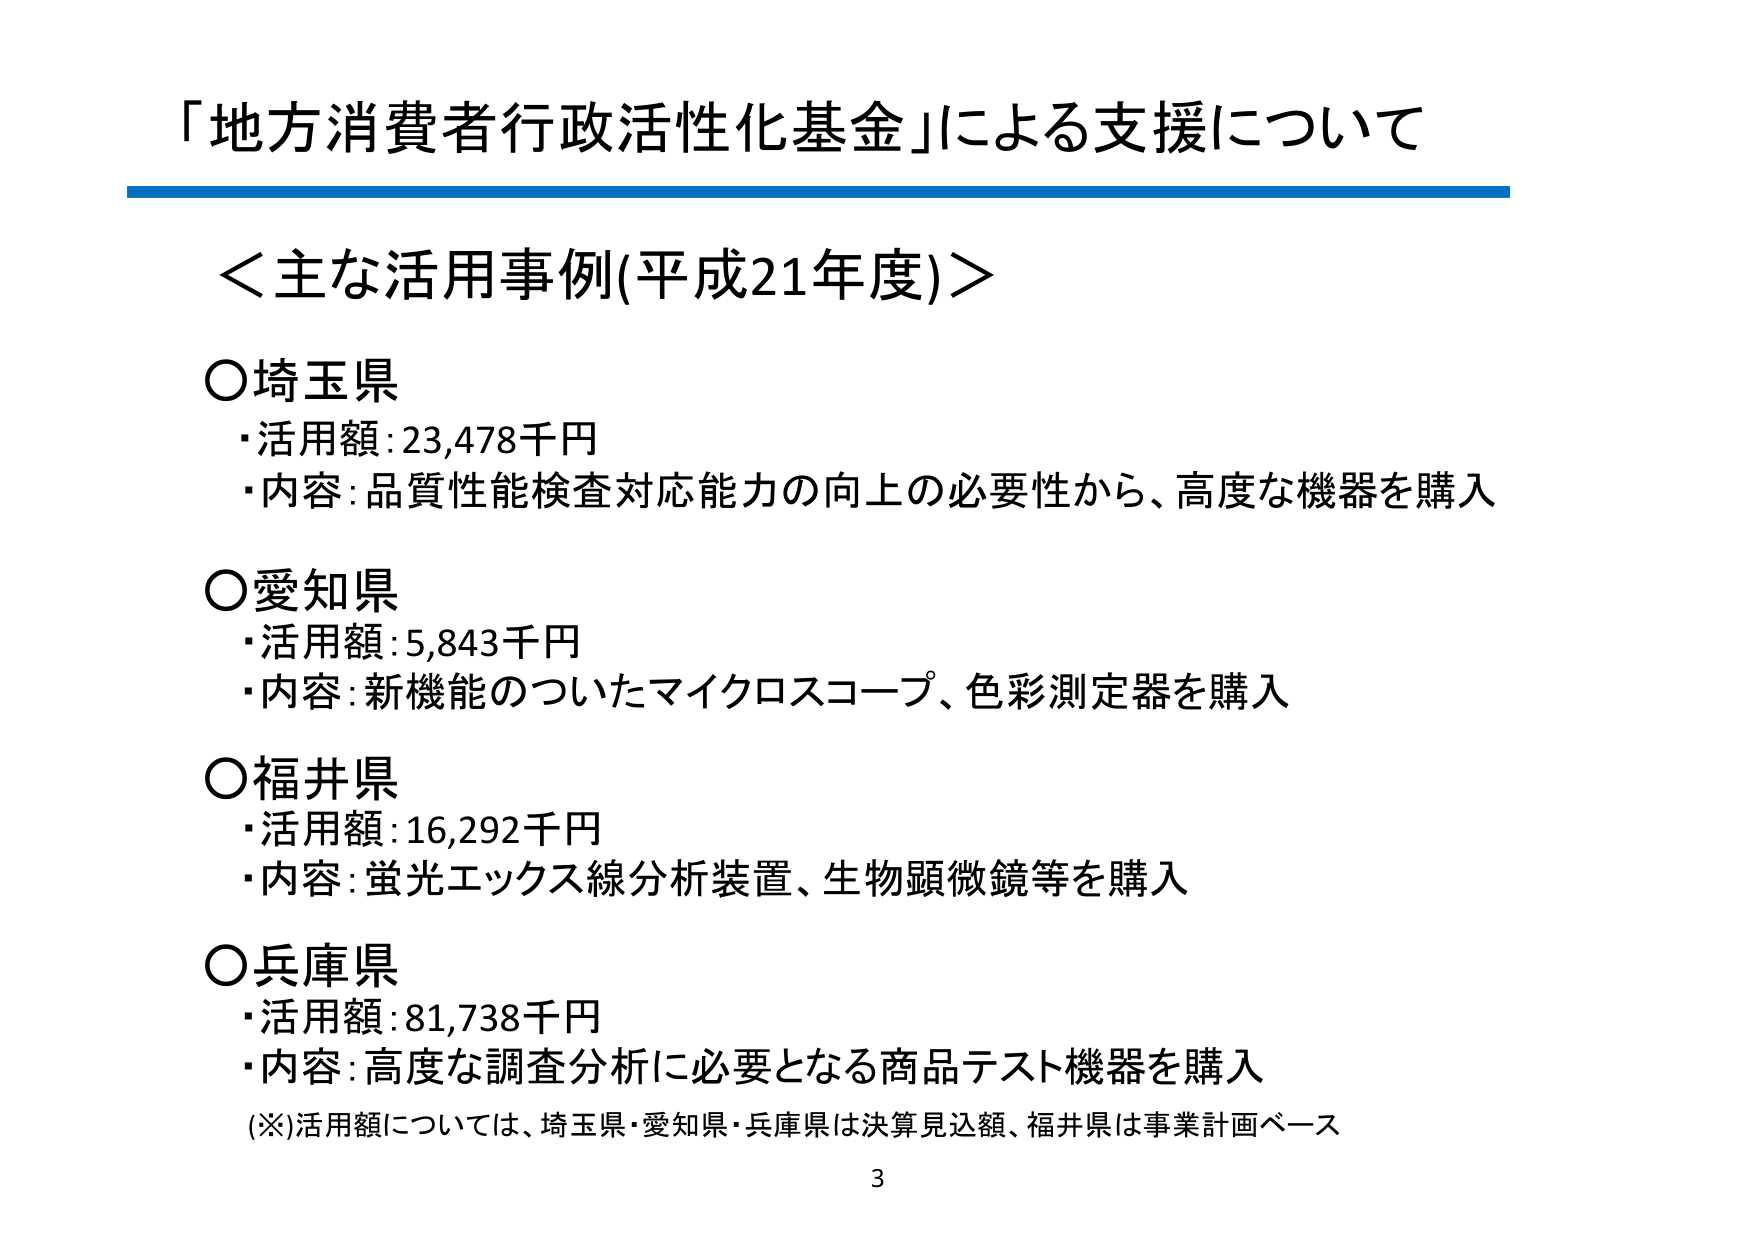
「地方消費者行政活性化基金」による支援について

＜主な活用事例(平成21年度)＞

○埼玉県
・活用額：23,478千円
・内容：品質性能検査対応能力の向上の必要性から、高度な機器を購入

○愛知県
・活用額：5,843千円
・内容：新機能のついたマイクロスコープ、色彩測定器を購入

○福井県
・活用額：16,292千円
・内容：蛍光エックス線分析装置、生物顕微鏡等を購入

○兵庫県
・活用額：81,738千円
・内容：高度な調査分析に必要となる商品テスト機器を購入

(※)活用額については、埼玉県・愛知県・兵庫県は決算見込額、福井県は事業計画ベース

3